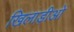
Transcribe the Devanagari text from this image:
खिलाड़ीओं